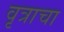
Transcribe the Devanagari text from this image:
वृत्राचा